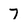
Character: 7